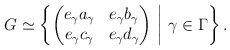
\begin{align*} G\simeq \left\{\begin{pmatrix} e_\gamma a_\gamma & e_\gamma b_\gamma \\ e_\gamma c_\gamma & e_\gamma d_\gamma \end{pmatrix} \ \middle| \ \gamma\in\Gamma\right\}.\end{align*}